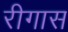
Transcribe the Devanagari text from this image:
रीगास